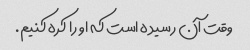
وقت آن رسیده است که او را کره کنیم.